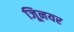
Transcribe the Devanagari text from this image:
जूिनयर